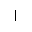
]